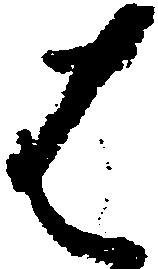
は